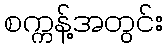
စက္ကန့်အတွင်း